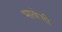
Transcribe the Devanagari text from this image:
भावेजी